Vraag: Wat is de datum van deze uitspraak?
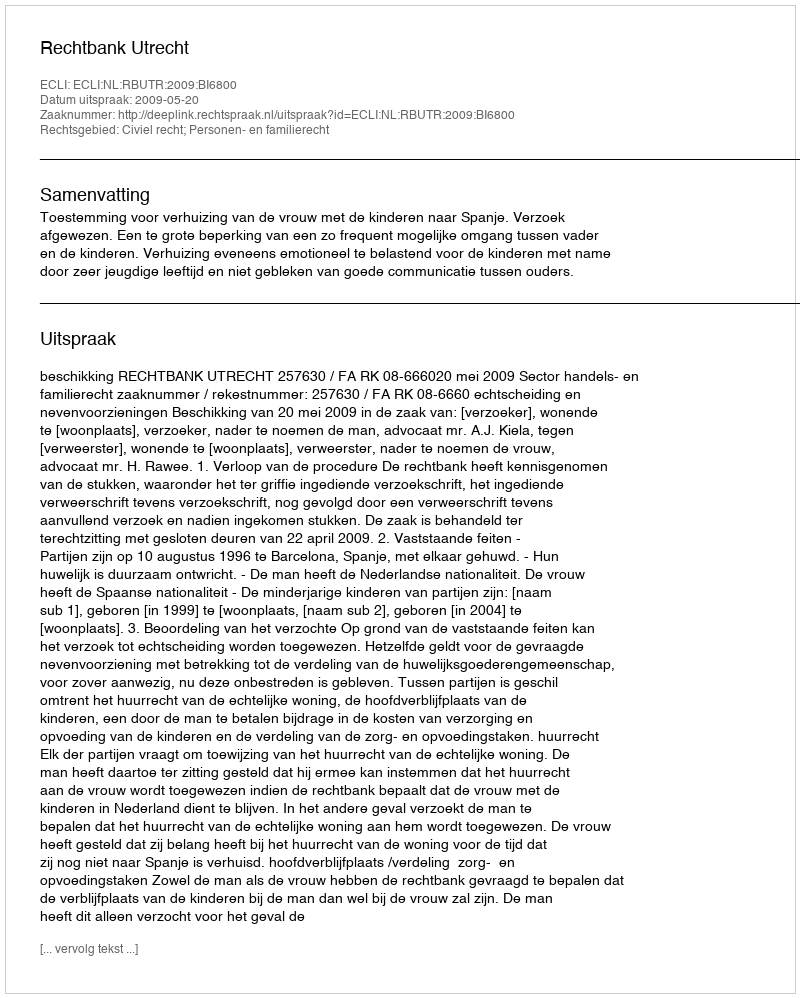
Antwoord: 2009-05-20